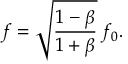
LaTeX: f = { \sqrt { \frac { 1 - \beta } { 1 + \beta } } } \, f _ { 0 } .